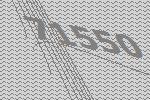
71550